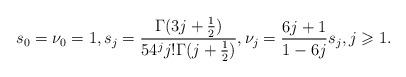
LaTeX: \begin{align*} s_0=\nu_0=1, s_j=\frac{\Gamma(3j+\frac{1}{2})}{54^j j!\Gamma(j+\frac{1}{2})}, \nu_j=\frac{6j+1}{1-6j}s_j, j\geqslant 1.\end{align*}